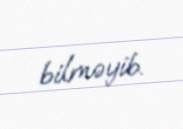
bilməyib.